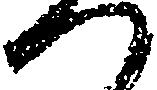
へ